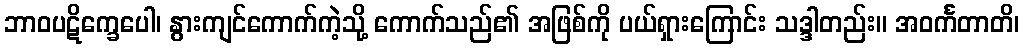
ဘာဝပဋိက္ခေပေါ၊ နွားကျင်ကောက်ကဲ့သို့ ကောက်သည်၏ အဖြစ်ကို ပယ်ရှားကြောင်း သဒ္ဒါတည်း။ အဝင်္ကတာတိ၊